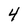
Character: 4